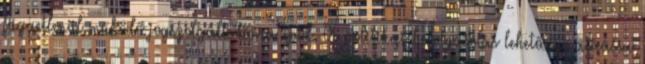
függetlenül működő jogszolgáltatásra épül. A politikai befolyásolás lehetősége aláássa